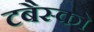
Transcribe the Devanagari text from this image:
टबैस्को